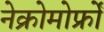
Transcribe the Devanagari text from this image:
नेक्रोमोर्फ्रों